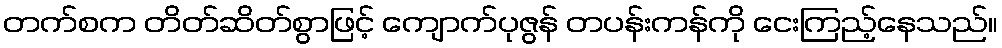
တက်စက တိတ်ဆိတ်စွာဖြင့် ကျောက်ပုဇွန် တပန်းကန်ကို ငေးကြည့်နေသည်။